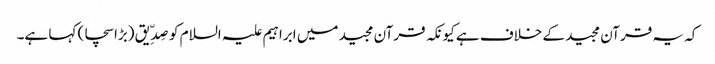
کہ یہ قرآن مجید کے خلاف ہے کیونکہ قرآن مجید میں ابراہیم علیہ السلام کو صِدِّیق (بڑا سچا) کہا ہے۔